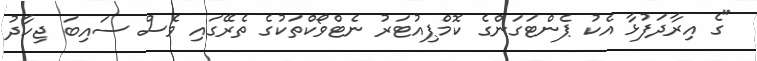
"ގެ އިރާދަފުޅާ އެކު ޕެންޓަގަންގެ ކޮމްޕިއުޓަރު ނެޓްވޯކްތަކުގެ ތެރޭގައި ވެސް ސައިބަ ޖިހާދު